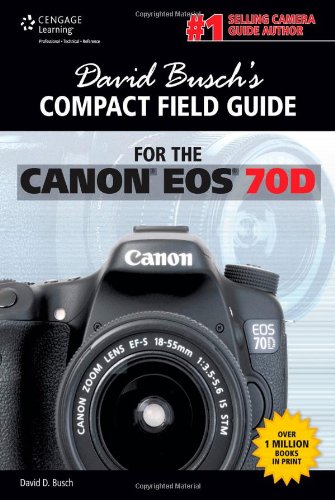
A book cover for David Busch's Compact Field Guide for the Canon EOS 70D; David D. Busch; Arts & Photography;